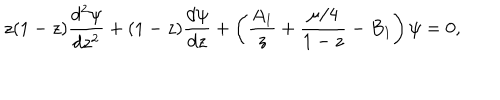
z ( 1 - z ) { \frac { d ^ { 2 } \psi } { d z ^ { 2 } } } + ( 1 - z ) { \frac { d \psi } { d z } } + \left( { \frac { A _ { 1 } } { z } } + { \frac { \mu / 4 } { 1 - z } } - B _ { 1 } \right) \psi = 0 ,